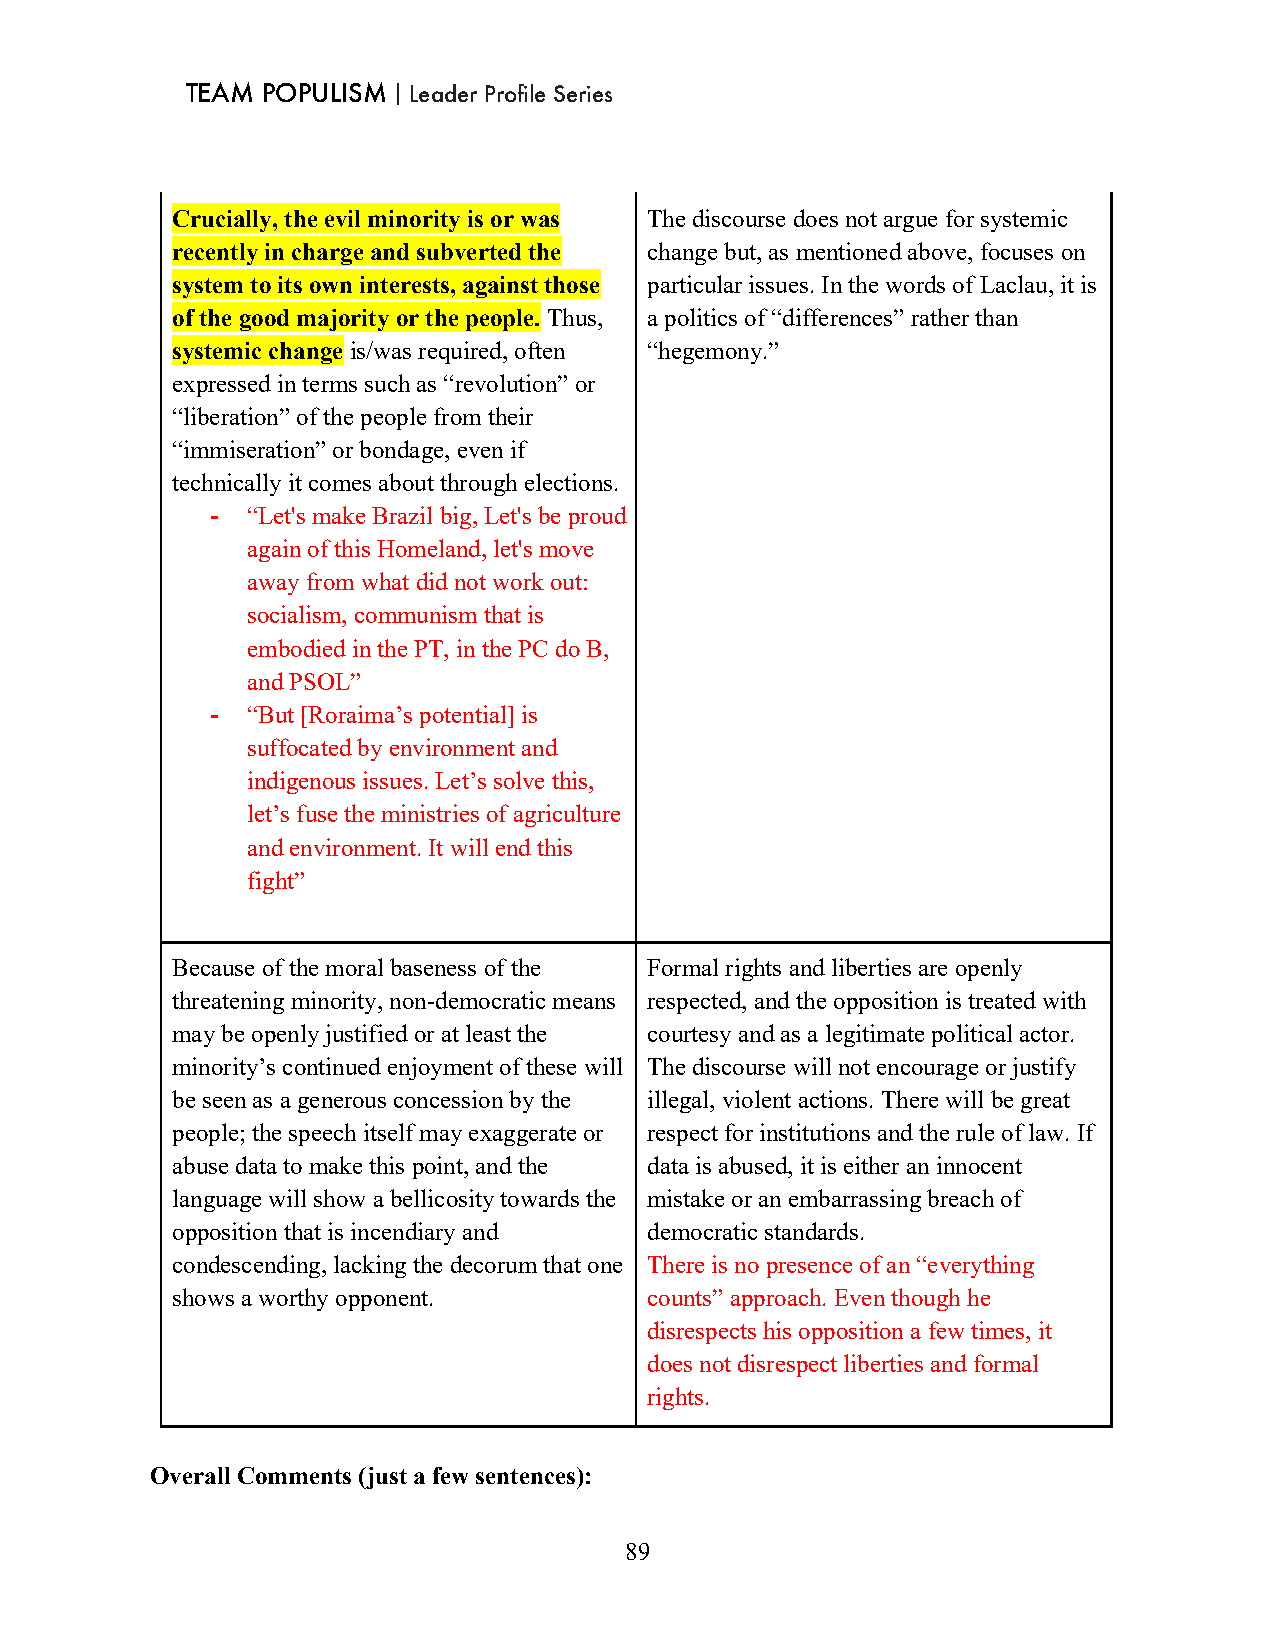
TEAM POPULISM｜Leader Profile Series
 Crucially, the evil minority is or was The discourse does not argue for systemic
 recently in charge and subverted the change but, as mentioned above, focuses on
 system to its own interests, against those particular issues. In the words of Laclau, it is
 of the good majority or the people. Thus, a politics of “differences” rather than
 systemic change is/was required, often “hegemony.”
 expressed in terms such as “revolution” or
 “liberation” of the people from their
 “immiseration” or bondage, even if
 technically it comes about through elections.
 - “Let's make Brazil big, Let's be proud
 again of this Homeland, let's move
 away from what did not work out:
 socialism, communism that is
 embodied in the PT, in the PC do B,
 and PSOL”
 - “But [Roraima’s potential] is
 suffocated by environment and
 indigenous issues. Let’s solve this,
 let’s fuse the ministries of agriculture
 and environment. It will end this
 fight”
 Because of the moral baseness of the Formal rights and liberties are openly
 threatening minority, non-democratic means respected, and the opposition is treated with
 may be openly justified or at least the courtesy and as a legitimate political actor.
 minority’s continued enjoyment of these will The discourse will not encourage or justify
 be seen as a generous concession by the illegal, violent actions. There will be great
 people; the speech itself may exaggerate or respect for institutions and the rule of law. If
 abuse data to make this point, and the data is abused, it is either an innocent
 language will show a bellicosity towards the mistake or an embarrassing breach of
 opposition that is incendiary and democratic standards.
 condescending, lacking the decorum that one There is no presence of an “everything
 shows a worthy opponent.        counts” approach. Even though he
 disrespects his opposition a few times, it
 does not disrespect liberties and formal
 rights.
 Overall Comments (just a few sentences):
 89